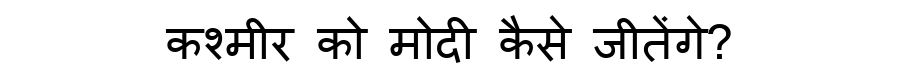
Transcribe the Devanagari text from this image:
कश्मीर को मोदी कैसे जीतेंगे?